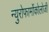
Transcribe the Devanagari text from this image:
न्युरोफार्मोकोलोजी